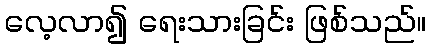
လေ့လာ၍ ရေးသားခြင်း ဖြစ်သည်။